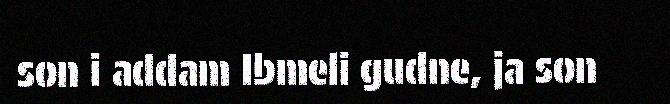
son i addam Ibmeli gudne, ja son